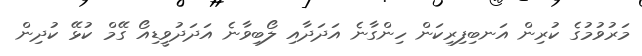
މަރުވުމުގެ ކުރިން އަނބިފިރިކަން ހިންގާނެ އަދަދާއި ލޯބިވާނެ އަދަދުވީޑިއޯ ގޭމް ކުޅޭ ކުދިން